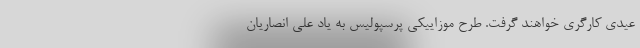
عیدی کارگری خواهند گرفت. طرح موزاییکی پرسپولیس به یاد علی انصاریان